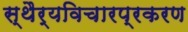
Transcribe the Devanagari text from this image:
स्थैर्यविचारप्रकरण